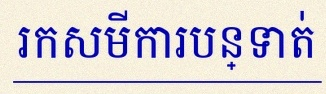
រកសមីការបន្ទាត់